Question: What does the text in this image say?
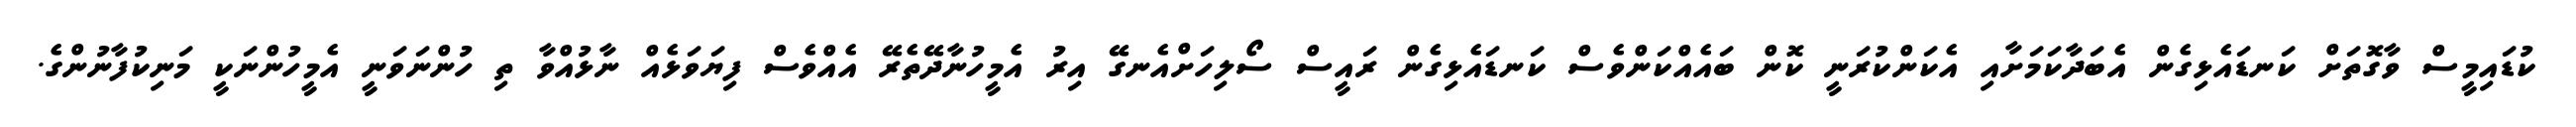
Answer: ކުޑައިމީސް ވާގޮތަށް ކަނޑައެޅިގެން އެބަދާކަމަށާއި އެކަންކުރަނީ ކޮން ބައެއްކަންވެސް ކަނޑައެޅިގެން ރައީސް ސޯލިހަށްއެނގޭ އިރު އެމީހުނާދޭތެރޭ އެއްވެސް ފިޔަވަޅެއް ނާޅުއްވާ ތި ހުންނަވަނީ އެމީހުންނަކީ މަނިކުފާނުންގެ.